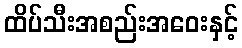
ထိပ်သီးအစည်းအဝေးနှင့်